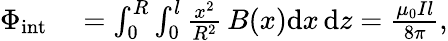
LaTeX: \begin{array}{rl}{\Phi_{\mathrm{int}}}&{{}=\int_{0}^{R}\int_{0}^{l}\frac{x^{2}}{R^{2}}\, B(x)\mathrm{d}x\, \mathrm{d}z=\frac{\mu_{0}Il}{8\pi},}\end{array}